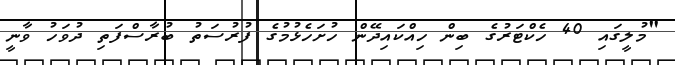
"މުލީގައި 40 ހެކްޓަރުގެ ބިން ހިއްކައިދޭން ހުށަހެޅުމުގެ ފުރުސަތު ބުރާސްފަތި ދުވަހު ވާނީ